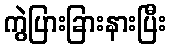
ကွဲပြားခြားနားပြီး